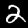
Label: 2